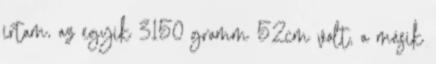
írtam, az egyik 3150 gramm 52cm volt, a másik